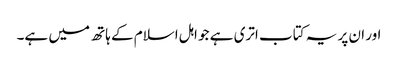
اور ان پر یہ کتاب اتری ہے جو اہل اسلام کے ہاتھ میں ہے۔